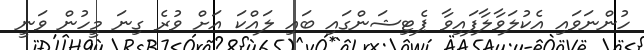
ހުންނަވައި އެކުލަވާލާފައިވާ ޕެޓިޝަންގައި ބައި ލައްކަ އަށް ވުރެ ގިނަ މީހުން ވަނީ